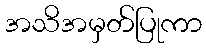
အသိအမှတ်ပြုကာ